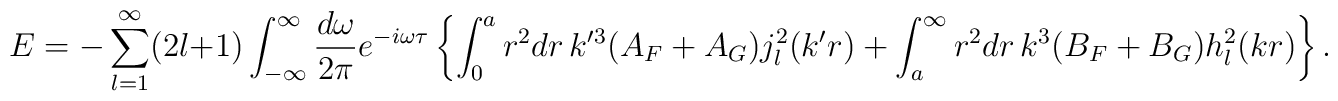
E=-\sum_{l=1}^\infty(2l+1)\int_{-\infty}^\infty{d\omega\over2\pi}e^{-i\omega\tau}\left\{\int_0^a r^2dr\,k^{\prime 3}(A_F+A_G)j_l^2(k'r)+\int_a^\infty r^2dr\,k^3(B_F+B_G)h_l^2(kr)\right\}.